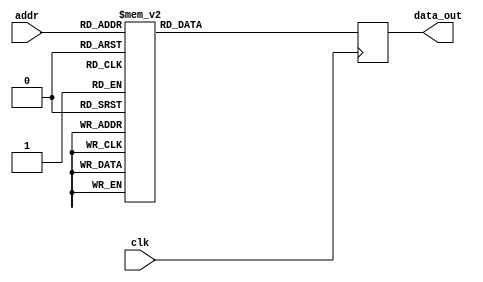
module FFT_twiddle_ROM_img_2 (
    input wire clk,
    input wire [4:0] addr,
    output reg [15:0] data_out
);

always @(posedge clk) begin
    case(addr)
 
5'b00000: data_out <= 16'h0000 ;
5'b00001: data_out <= 16'h0000 ;
5'b00010: data_out <= 16'h0000 ;
5'b00011: data_out <= 16'h0000 ;
5'b00100: data_out <= 16'h0000 ;
5'b00101: data_out <= 16'hFF00 ;
5'b00110: data_out <= 16'h0000 ;
5'b00111: data_out <= 16'hFF00 ;
5'b01000: data_out <= 16'h0000 ;
5'b01001: data_out <= 16'hFF4A ;
5'b01010: data_out <= 16'hFF00 ;
5'b01011: data_out <= 16'hFF4A ;
5'b01100: data_out <= 16'h0000 ;
5'b01101: data_out <= 16'hFF9E ;
5'b01110: data_out <= 16'hFF4A ;
5'b01111: data_out <= 16'hFF13 ;
5'b10000: data_out <= 16'hFF00 ;
5'b10001: data_out <= 16'hFF04 ;
5'b10010: data_out <= 16'hFF13 ;
5'b10011: data_out <= 16'hFF2B ;
5'b10100: data_out <= 16'hFF4A ;
5'b10101: data_out <= 16'hFF3A ;
5'b10110: data_out <= 16'hFF2B ;
5'b10111: data_out <= 16'hFF1E ;
5'b11000: data_out <= 16'hFF9E ;
5'b11001: data_out <= 16'hFF92 ;
5'b11010: data_out <= 16'hFF87 ;
5'b11011: data_out <= 16'hFF7C ;


        default: data_out <= 16'h00000;
    endcase
end

endmodule